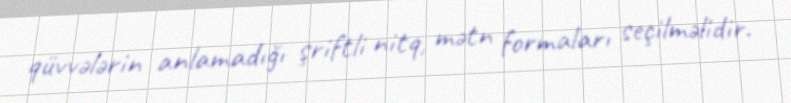
qüvvələrin anlamadığı şriftli nitq, mətn formaları seçilməlidir.